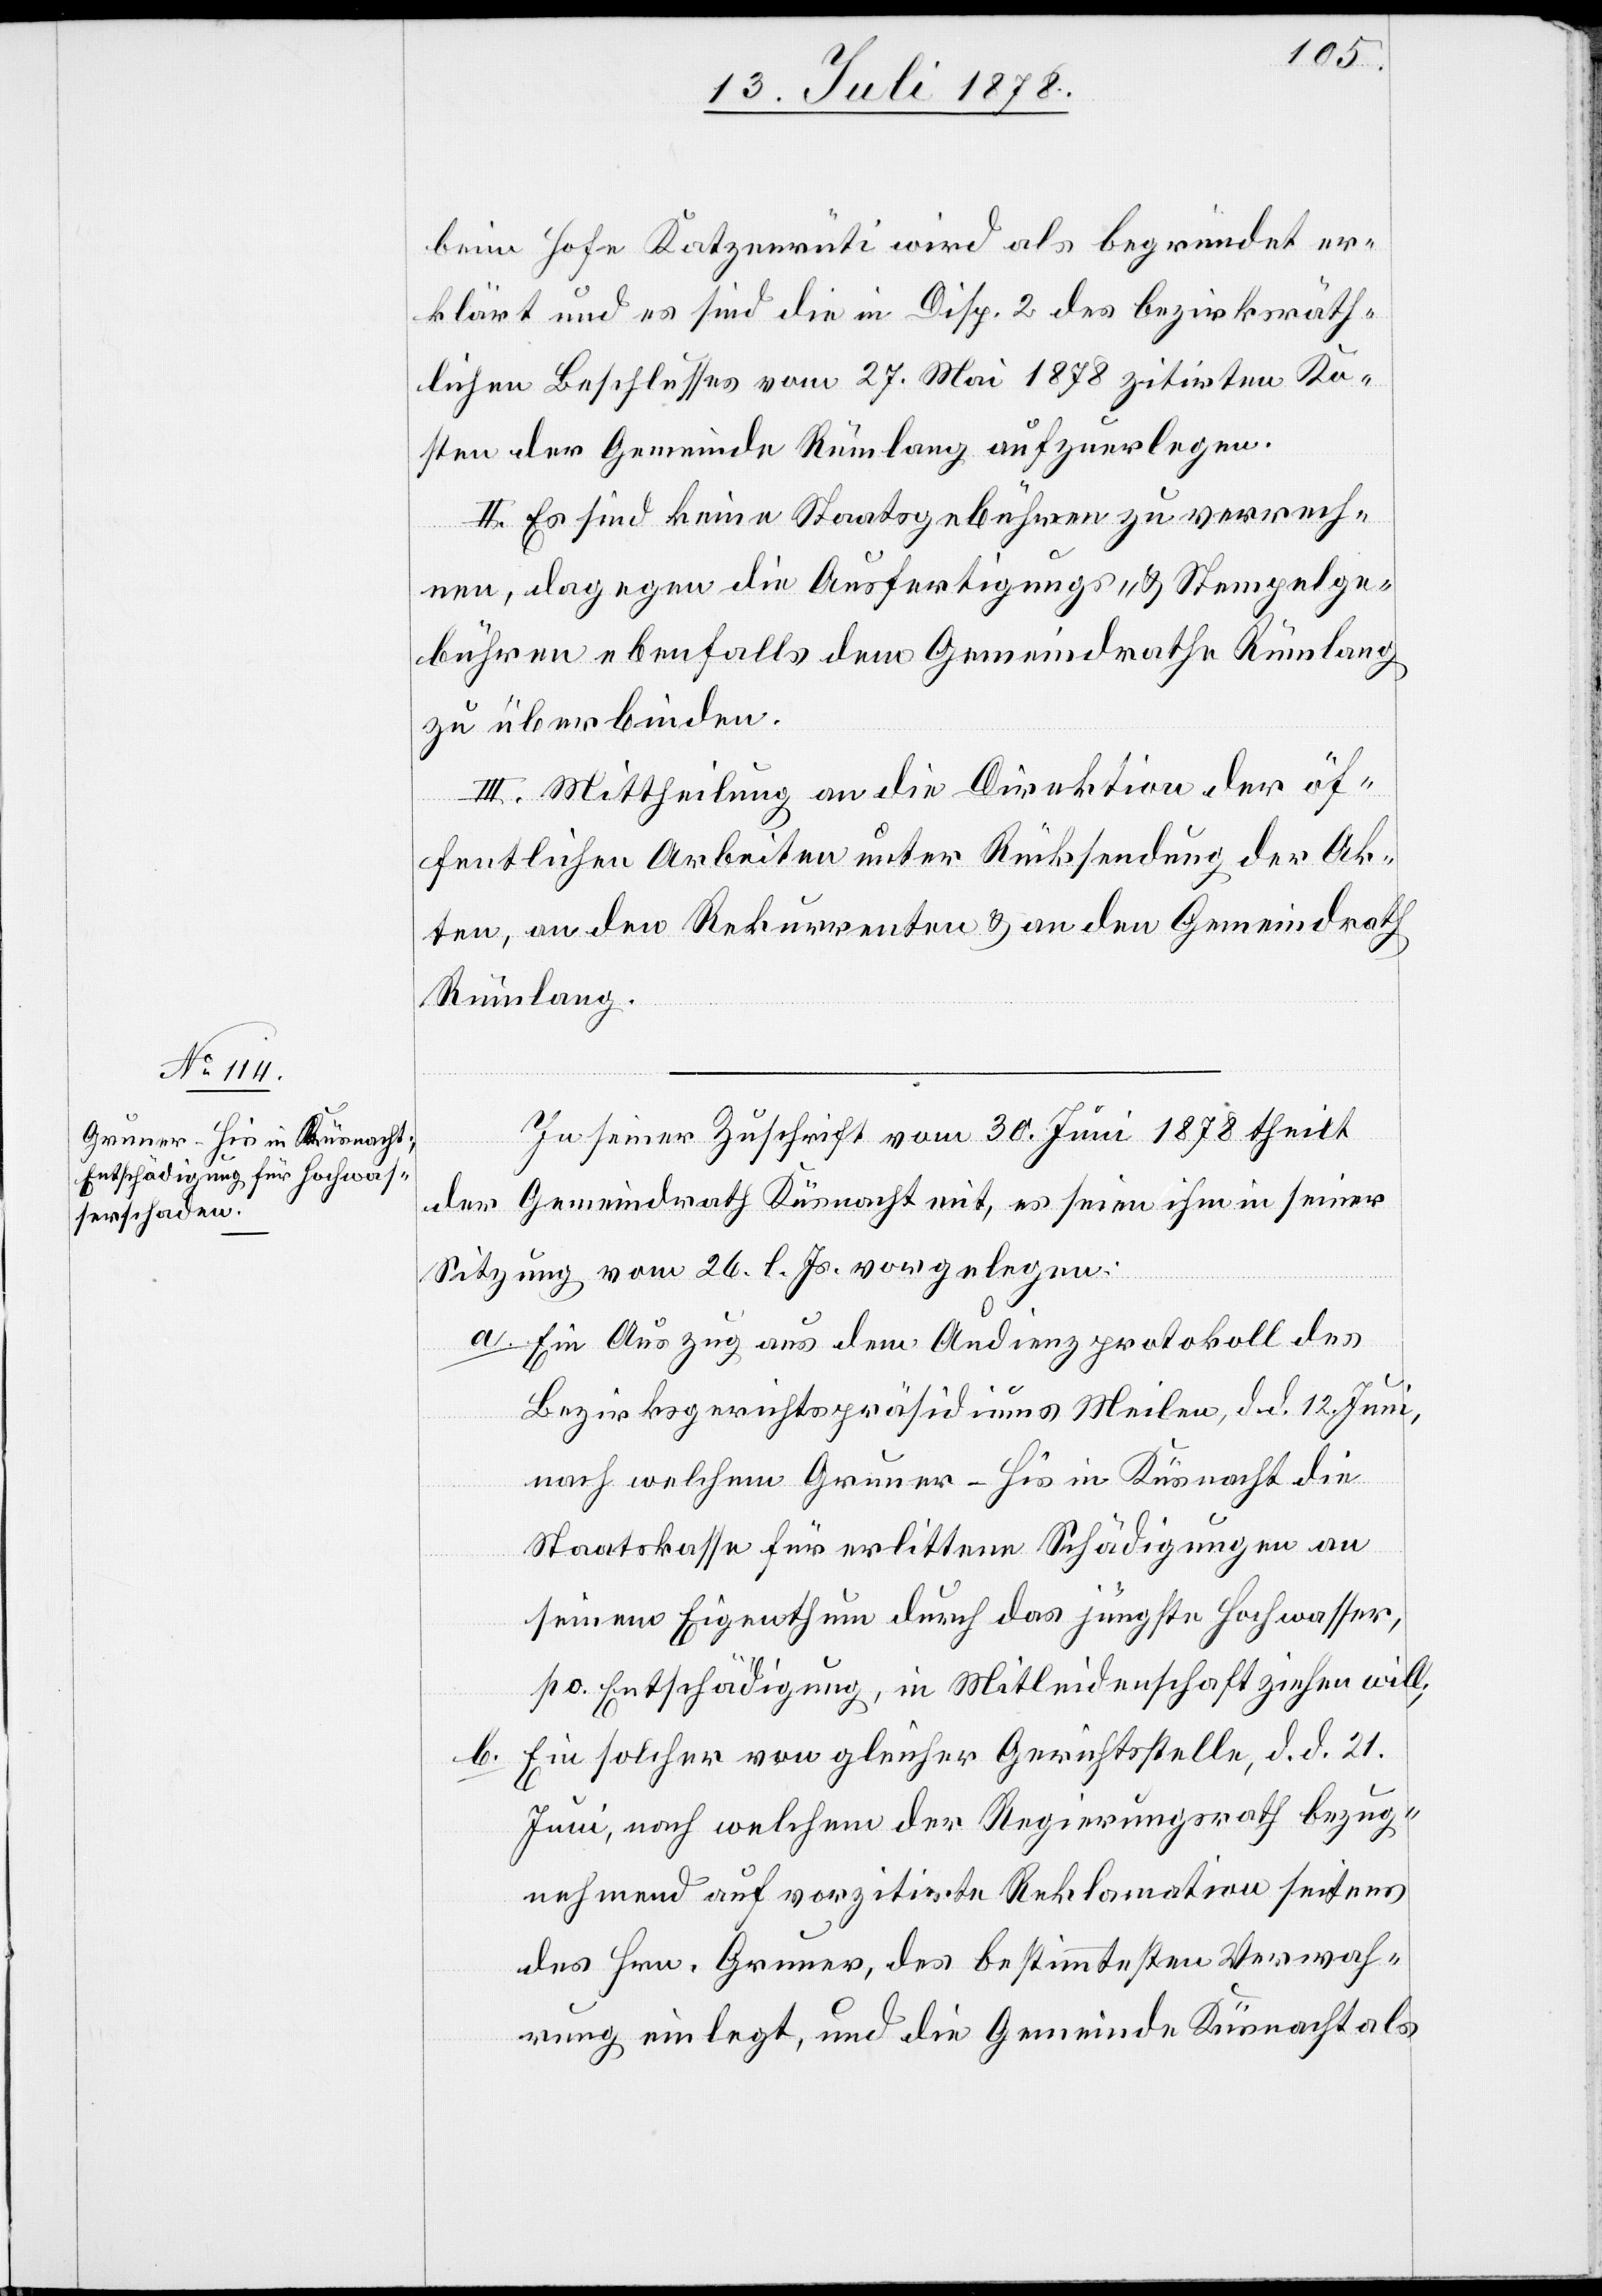
beim Hofe Katzenrüti wird als begründet er¬
klärt und es sind die in Disp. 2 des bezirksräth¬
lichen Beschlusses vom 27. Mai 1878 zitirten Ko¬
sten der Gemeinde Rümlang aufzuerlegen.
II. Es sind keine Staatsgebühren zu verrech¬
nen, dagegen die Ausfertigungs- & Stempelge¬
bühren ebenfalls dem Gemeindrathe Rümlang
zu überbinden.
III. Mittheilung an die Direktion der öf¬
fentlichen Arbeiten unter Rücksendung der Ak¬
ten, an den Rekurrenten & an den Gemeindrath
Rümlang.
In seiner Zuschrift vom 30. Juni 1878 theilt
der Gemeindrath Küsnacht mit, es seien ihm in seiner
Sitzung vom 26. l. Js. vorgelegen:
Ein Auszug aus dem Audienzprotkoll des
a.
Bezirksgerichtspräsidiums Meilen, d. d. 12. Juni,
nach welchem Gruner-His in Küsnacht die
Staatskasse für erlittene Schädigungen an
seinem Eigenthum durch das jüngste Hochwasser,
po. Entschädigung, in Mitleidenschaft ziehen will;
Ein solcher von gleicher Gerichtsstelle, d. d. 21.
b.
Juni, nach welchem der Regierungsrath bezug¬
nehmend auf vorzitirte Reklamation seitens
des Hrn. Gruner, des bestimmtesten Verwah¬
rung einlegt, und die Gemeinde Küsnacht als